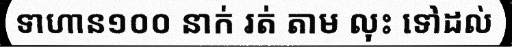
ទាហាន១០០ នាក់ រត់ តាម លុះ ទៅដល់